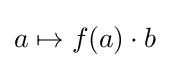
a\mapsto f(a)\cdot b